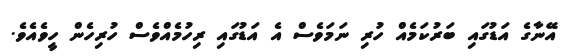
އޭނާގެ އަޑުގައި ބަރުކަމެއް ހުރި ނަމަވެސް އެ އަޑުގައި ރިހުމެއްވެސް ހުރިހެން ހީވެއެވެ.